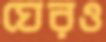
ঘেরও